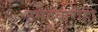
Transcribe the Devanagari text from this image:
उमेदवारीही